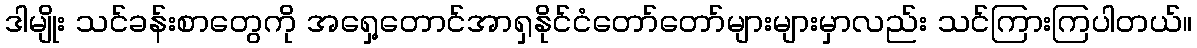
ဒါမျိုး သင်ခန်းစာတွေကို အရှေ့တောင်အာရှနိုင်ငံတော်တော်များများမှာလည်း သင်ကြားကြပါတယ်။